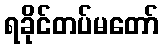
ရခိုင်တပ်မတော်